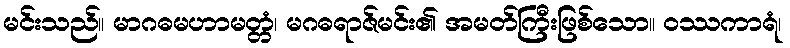
မင်းသည်။ မာဂဓမဟာမတ္တံ၊ မဂဓရာဇ်မင်း၏ အမတ်ကြီးဖြစ်သော။ ဝဿကာရံ၊